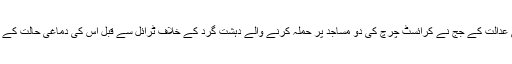
5 اپریل کو نیوزی لینڈ کی عدالت کے جج نے کرائسٹ چرچ کی دو مساجد پر حملہ کرنے والے دہشت گرد کے خلاف ٹرائل سے قبل اس کی دماغی حالت کے 2 معائنوں کا حکم دیا تھا۔